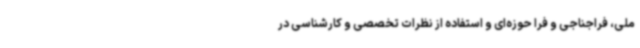
ملی، فراجناجی و فرا حوزه‌ای و استفاده از نظرات تخصصی و کارشناسی در